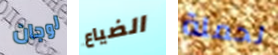
لوجان الضياع لحملة